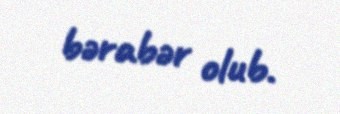
bərabər olub.